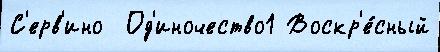
С'ерв'ино  Од'иночество1 Воскр'е́сный